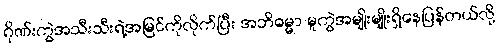
ဂိုဏ်းကွဲအသီးသီးရဲ့အမြင်ကိုလိုက်ပြီး အဘိဓမ္မာ မူကွဲအမျိုးမျိုးရှိနေပြန်တယ်လို့